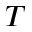
T